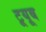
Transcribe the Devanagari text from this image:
टूयूब